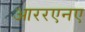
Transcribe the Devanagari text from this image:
आररएनए